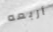
أربعه